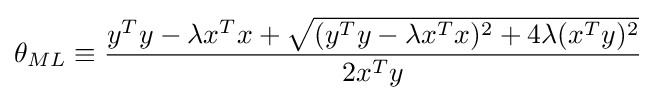
\theta _{ML}\equiv {\frac {y^{T}y-\lambda x^{T}x+{\sqrt {(y^{T}y-\lambda x^{T}x)^{2}+4\lambda (x^{T}y)^{2}}}}{2x^{T}y}}